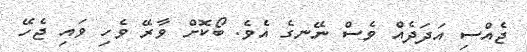
ޖެއްސި އަދަދެއް ވެސް ނޭނގެ އެވެ. ބޯކޮށް ވާރޭ ވެހި ވައި ޖެހޭ